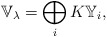
\begin{align*}\mathbb{V}_{\lambda}=\bigoplus_{i} K\mathbb{Y}_i,\end{align*}